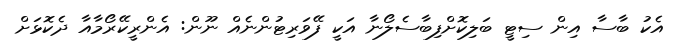
އެކު ބާސާ އިން ސިޓީ ބަލިކޮށްފިބާސެލޯނާ އަކީ ފޭވަރިޓުންނެއް ނޫން: އެންރީކޭރޯމާއާ ދެކޮޅަށް